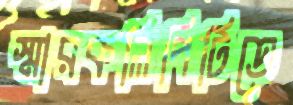
স্মারকলিপিটিতে